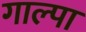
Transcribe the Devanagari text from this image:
गाल्पा